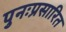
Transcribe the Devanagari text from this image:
पुनःप्रसारित